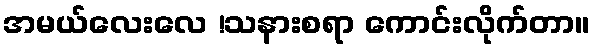
အမယ်လေးလေ !သနားစရာ ကောင်းလိုက်တာ။